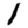
Digit: 1